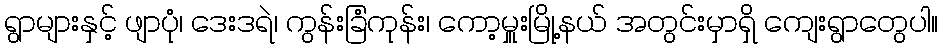
ရွာများနှင့် ဖျာပုံ၊ ဒေးဒရဲ၊ ကွန်းခြံကုန်း၊ ကော့မှူးမြို့နယ် အတွင်းမှာရှိ ကျေးရွာတွေပါ။